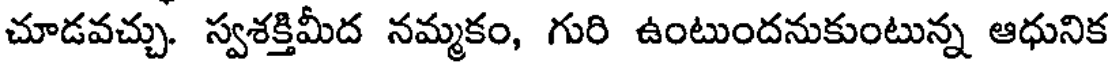
చూడవచ్చు. స్వశక్తిమీద నమ్మకం, గురి ఉంటుందనుకుంటున్న ఆధునిక